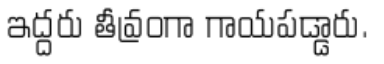
ఇద్దరు తీవ్రంగా గాయపడ్డారు.